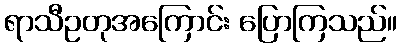
ရာသီဥတုအကြောင်း ပြောကြသည်။